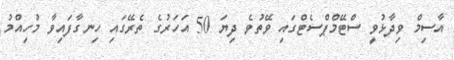
އާސިމް ވިދާޅުވީ ސްޓޭމްޕްސެޓްގައި ވޭތުވެ ދިޔަ 50 އަހަރުގެ ތެރޭގައި ހިނގާފައިވާ މުހިއްމު